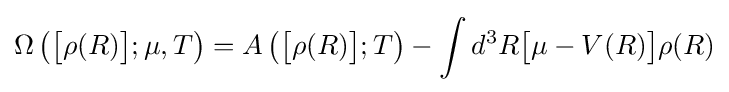
\Omega \left({\big [}\rho (R){\big ]};\mu ,T\right)=A\left({\big [}\rho (R){\big ]};T\right)-\int d^{3}R{\big [}\mu -V(R){\big ]}\rho (R)